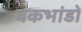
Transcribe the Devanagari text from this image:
वकभांडों